Indian journal of veterinary science and animal husbandry - Volume 2,
Year: 1932
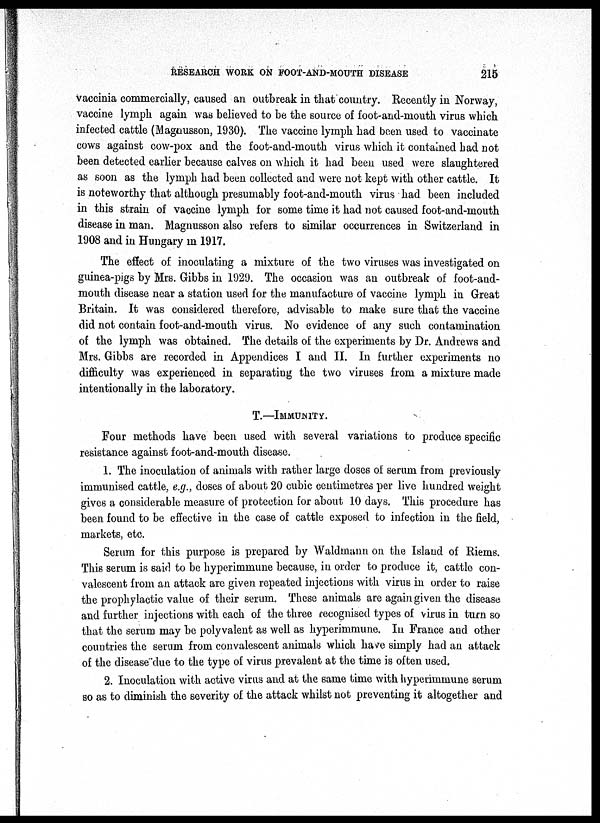
RESEARCH WORK ON FOOT-AND-MOUTH DISEASE
215
vaccinia commercially, caused an outbreak in that country. Recently in Norway,
vaccine lymph again was believed to be the source of foot-and-mouth virus which
infected cattle (Magnusson, 1930). The vaccine lymph had been used to vaccinate
cows against cow-pox and the foot-and-mouth virus which it contained had not
been detected earlier because calves on which it had been used were slaughtered
as soon as the lymph had been collected and were not kept with other cattle. It
is noteworthy that although presumably foot-and-mouth virus had been included
in this strain of vaccine lymph for some time it had not caused foot-and-mouth
disease in man. Magnusson also refers to similar occurrences in Switzerland in
1908 and in Hungary in 1917.
The effect of inoculating a mixture of the two viruses was investigated on
guinea-pigs by Mrs. Gibbs in 1929. The occasion was an outbreak of foot-and-
mouth disease near a station used for the manufacture of vaccine lymph in Great
Britain. It was considered therefore, advisable to make sure that the vaccine
did not contain foot-and-mouth virus. No evidence of any such contamination
of the lymph was obtained. The details of the experiments by Dr. Andrews and
Mrs. Gibbs are recorded in Appendices I and II. In further experiments no
difficulty was experienced in separating the two viruses from a mixture made
intentionally in the laboratory.
T.—IMMUNITY.
Four methods have been used with several variations to produce specific
resistance against foot-and-mouth disease.
1. The inoculation of animals with rather large doses of serum from previously
immunised cattle, e.g., doses of about 20 cubic centimetres per live hundred weight
gives a considerable measure of protection for about 10 days. This procedure has
been found to be effective in the case of cattle exposed to infection in the field,
markets, etc.
Serum for this purpose is prepared by Waldmann on the Island of Riems.
This serum is said to be hyperimmune because, in order to produce it, cattle con-
valescent from an attack arc given repeated injections with virus in order to raise
the prophylactic value of their serum. These animals are again given the disease
and further injections with each of the three recognised types of virus in turn so
that the serum may be polyvalent as well as hyperimmune. In France and other
countries the serum from convalescent animals which have simply had an attack
of the disease due to the type of virus prevalent at the time is often used.
2. Inoculation with active virus and at the same time with hyperimmune serum
so as to diminish the severity of the attack whilst not preventing it altogether and